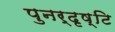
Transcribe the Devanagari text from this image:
पुनर्दृष्टि